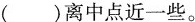
()离中点近一些。